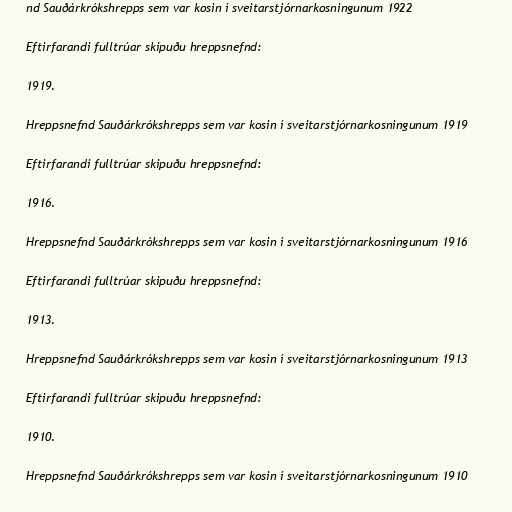
nd Sauðárkrókshrepps sem var kosin í sveitarstjórnarkosningunum 1922

Eftirfarandi fulltrúar skipuðu hreppsnefnd:

1919.

Hreppsnefnd Sauðárkrókshrepps sem var kosin í sveitarstjórnarkosningunum 1919

Eftirfarandi fulltrúar skipuðu hreppsnefnd:

1916.

Hreppsnefnd Sauðárkrókshrepps sem var kosin í sveitarstjórnarkosningunum 1916

Eftirfarandi fulltrúar skipuðu hreppsnefnd:

1913.

Hreppsnefnd Sauðárkrókshrepps sem var kosin í sveitarstjórnarkosningunum 1913

Eftirfarandi fulltrúar skipuðu hreppsnefnd:

1910.

Hreppsnefnd Sauðárkrókshrepps sem var kosin í sveitarstjórnarkosningunum 1910